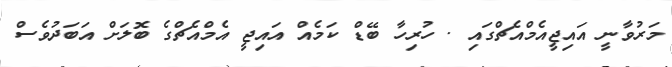
މަރުވާނީ އައިޖީއެމްއެޗްގައި . ހުރިހާ ބޭޑް ކަމެއް އައިޖީ އެމްއެޗްގެ ބޮލަށް އަބަދުވެސް